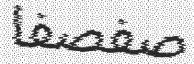
صفصفا